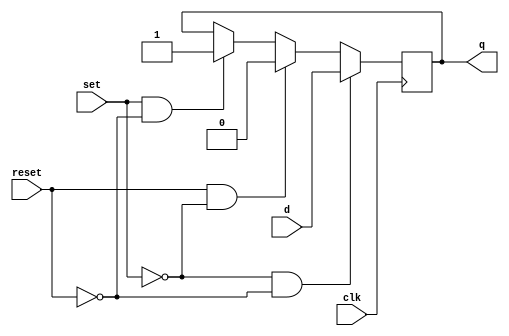
`timescale 1ns / 1ps
//////////////////////////////////////////////////////////////////////////////////
// Company: 
// Engineer: 
// 
// Design Name: 
// Module Name: dff_SR
// Project Name: 
// Target Devices: 
// Tool Versions: 
// Description: 
// 
// Dependencies: 
// 
// Revision:
// Revision 0.01 - File Created
// Additional Comments:
// 
//////////////////////////////////////////////////////////////////////////////////


module dff_SR(clk, d, set, reset, q);

    //IO Ports
    input d, clk, set, reset;
    output q; 
    reg q;
    
    always @(posedge clk)
        begin
            if (set == 1'b1 && reset == 1'b0)
                q <= 1;
            if (reset == 1'b1 && set == 1'b0)
                q <= 1'b0;
            if (set == 1'b0 && reset == 1'b0)
                q <= d;
        end
endmodule